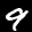
Label: 9